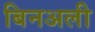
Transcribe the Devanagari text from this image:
बिनअली